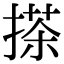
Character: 搽